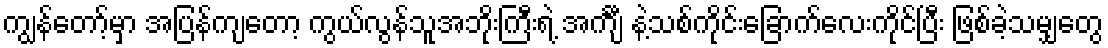
ကျွန်တော့်မှာ အပြန်ကျတော့ ကွယ်လွန်သူအဘိုးကြီးရဲ့ အင်္ကျီ နဲ့သစ်ကိုင်းခြောက်လေးကိုင်ပြီး ဖြစ်ခဲ့သမျှတွေ